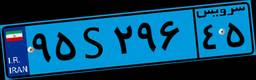
۹۷S۶۶۷۵۸